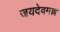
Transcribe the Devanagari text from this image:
जयदेवमल्ल